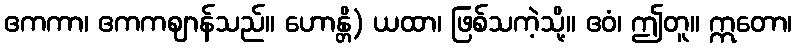
ဧကကာ၊ ဧကကဈာန်သည်။ ဟောန္တိ) ယထာ၊ ဖြစ်သကဲ့သို့။ ဧဝံ၊ ဤတူ။ ဣတော၊